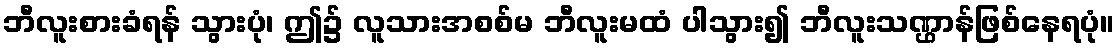
ဘီလူးစားခံရန် သွားပုံ၊ ဤ၌ လူသားအစစ်မ ဘီလူးမထံ ပါသွား၍ ဘီလူးသဏ္ဌာန်ဖြစ်နေရပုံ။